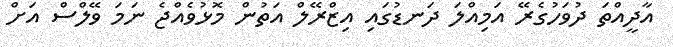
އާދީއްތަ ދުވަހުގެރޭ އަމިއްލަ ދަނޑުގައި އިޒްރޭލް އަތުން މޮޅުވެއްޖެ ނަމަ ވޭލްސް އަށް